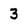
Character: 3